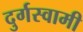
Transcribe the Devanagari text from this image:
दुर्गस्वामी